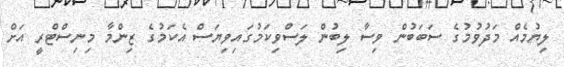
ލިޔުމެއް މަދުވުމުގެ ސަބަބުން ވިސާ ލިބުން ލަސްވިކަމުގައިވިޔަސް އެކަމުގެ ޒިންމާ މިނިސްޓްރީ އަށް